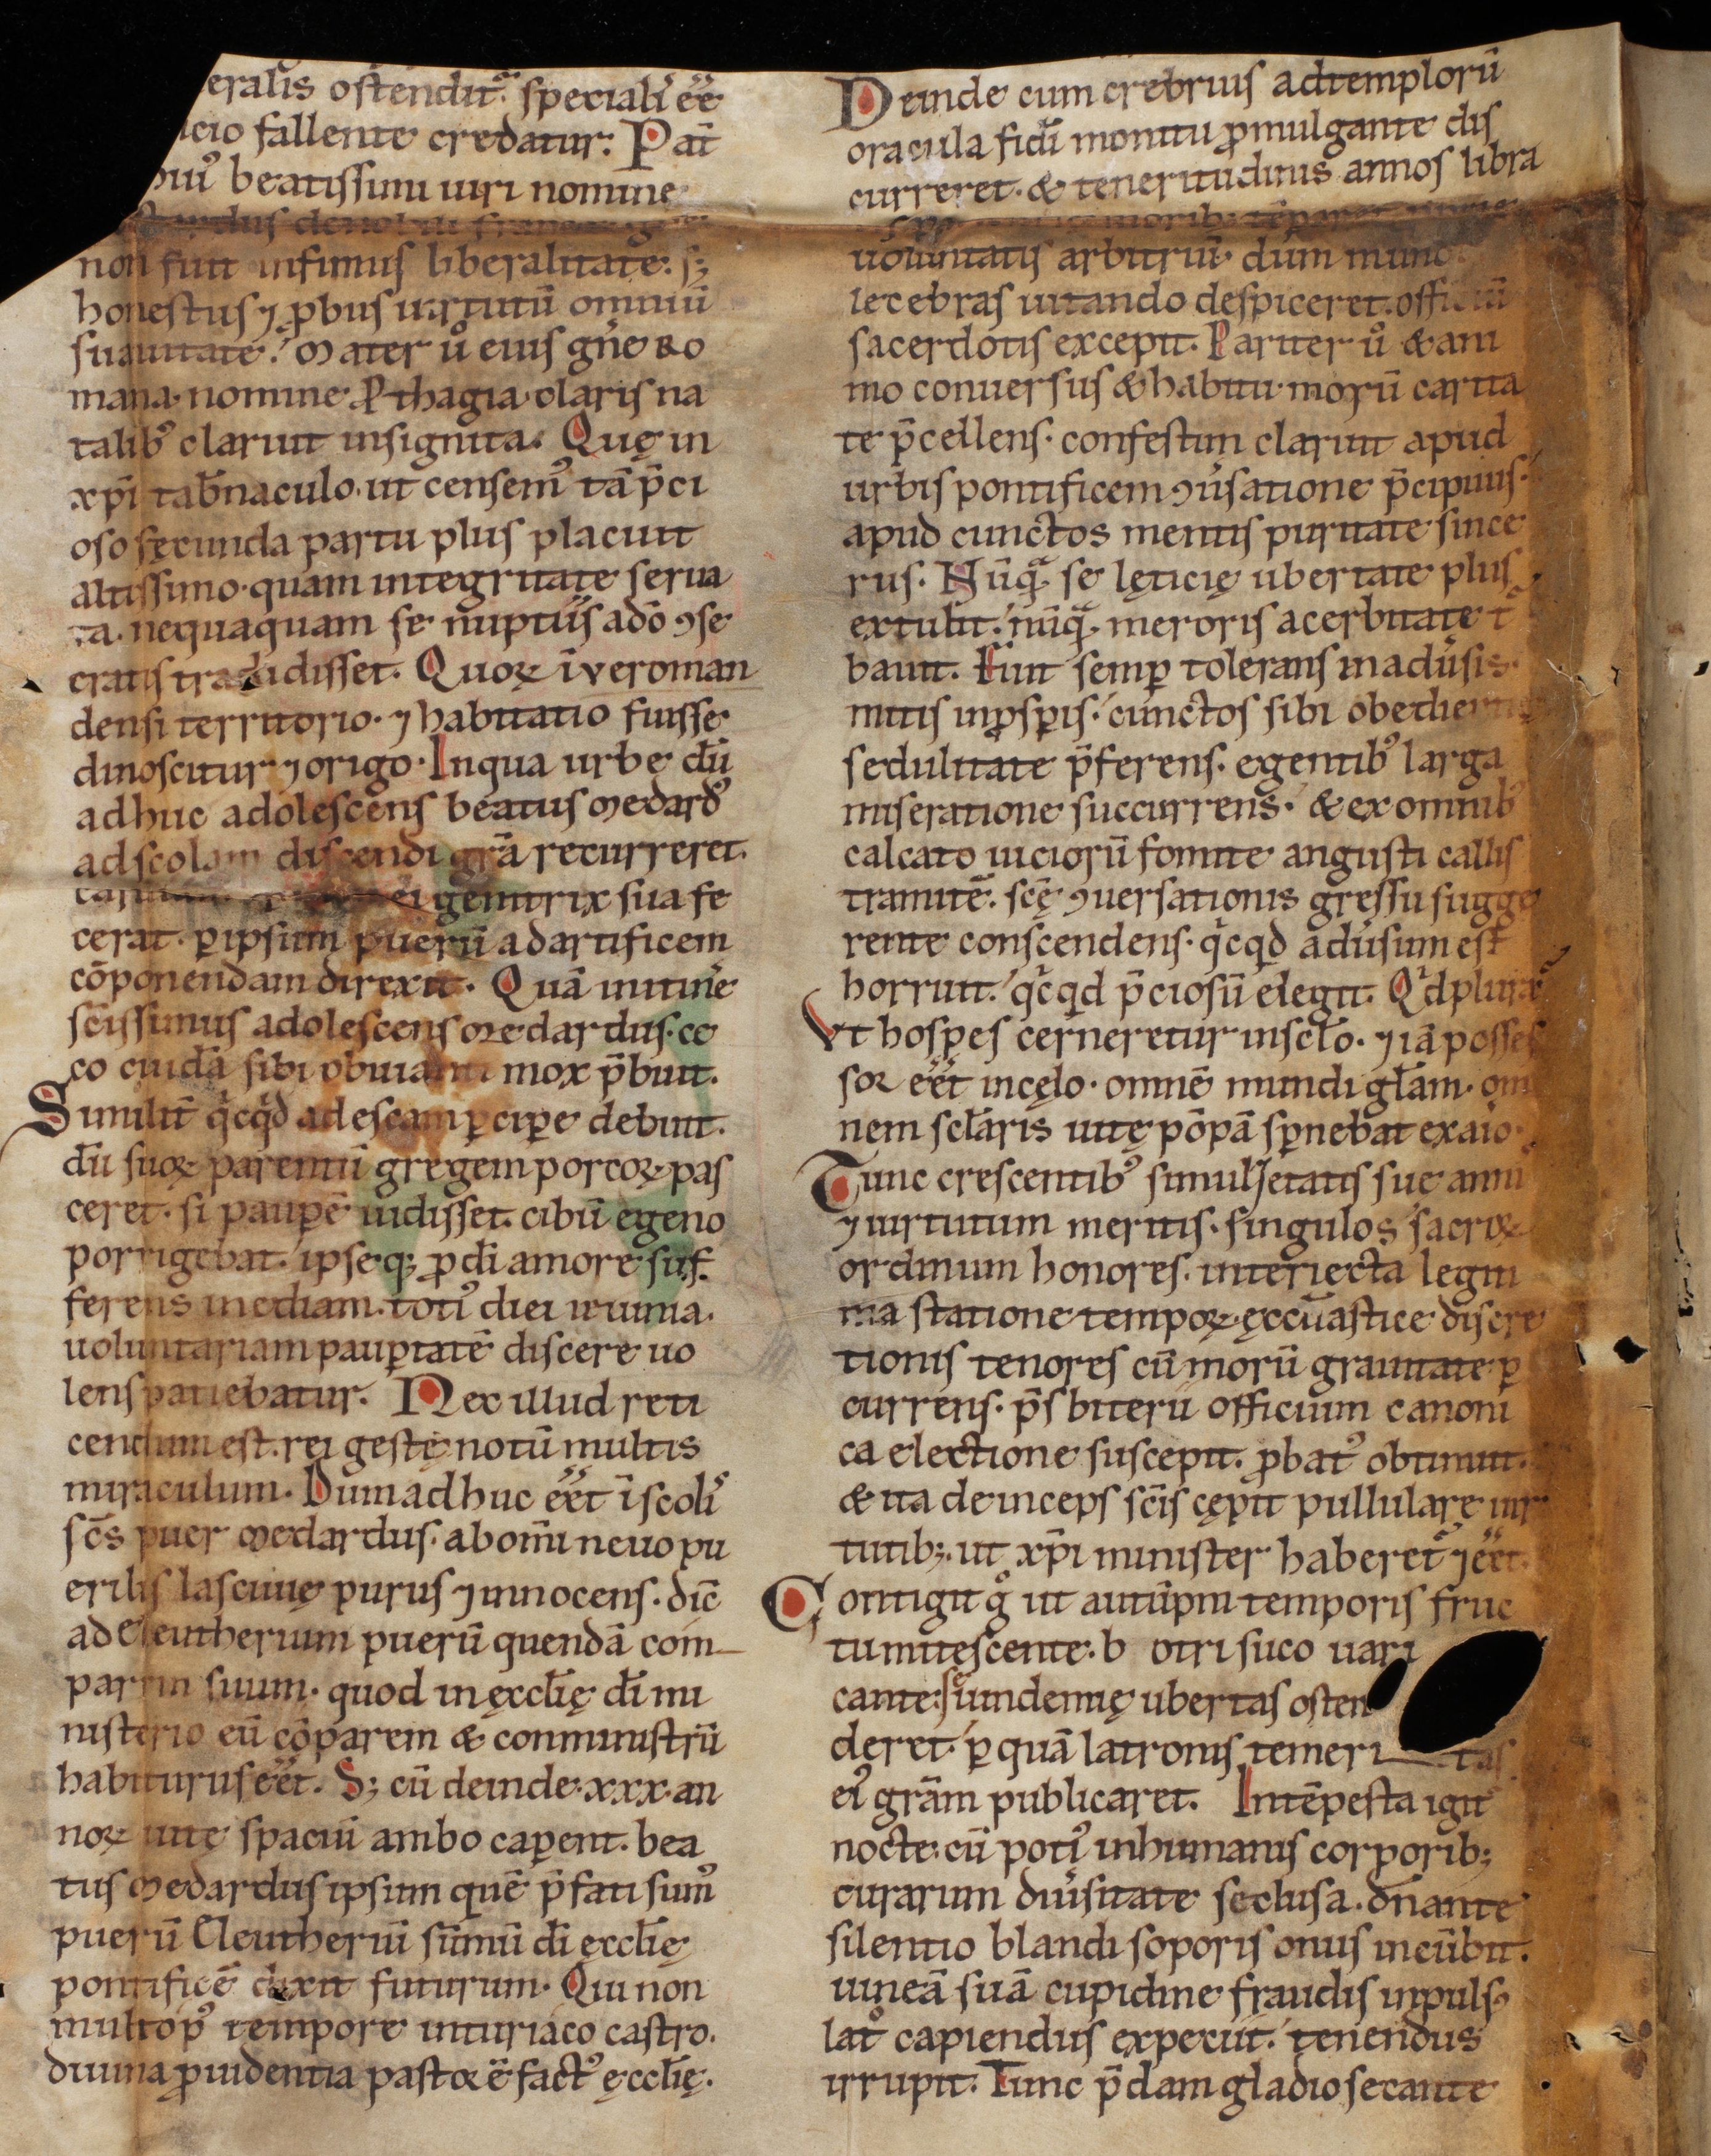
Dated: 1140–1170